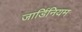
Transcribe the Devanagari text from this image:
जार्डिनियम